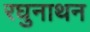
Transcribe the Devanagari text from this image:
रघुनाथन